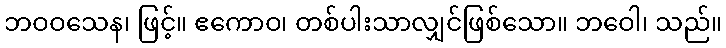
ဘဝဝသေန၊ ဖြင့်။ ဧကောဝ၊ တစ်ပါးသာလျှင်ဖြစ်သော။ ဘဝေါ၊ သည်။